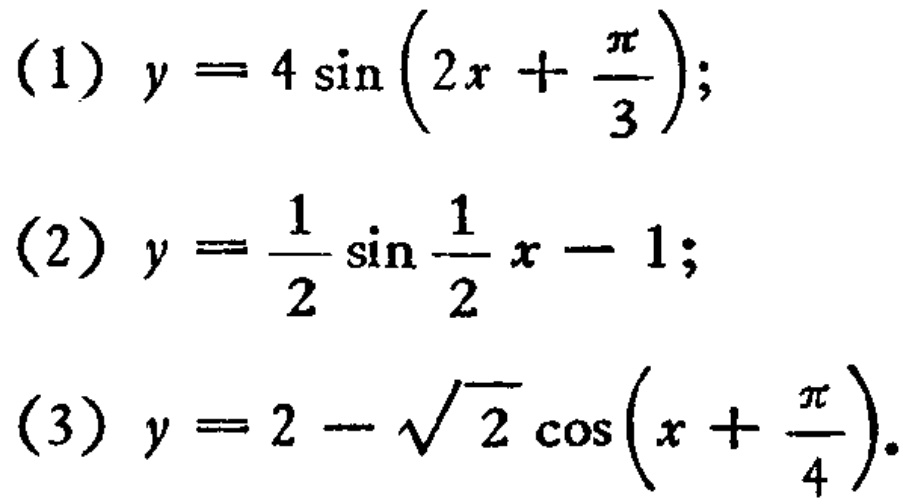
(1) \(y = 4\sin\left(2x+\frac{\pi}{3}\right)\);
(2) \(y=\frac{1}{2}\sin\frac{1}{2}x - 1\);
(3) \(y = 2-\sqrt{2}\cos\left(x+\frac{\pi}{4}\right)\).